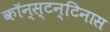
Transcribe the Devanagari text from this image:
कॉन्स्टन्टिनास